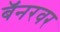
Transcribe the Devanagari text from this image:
बॅनरवर